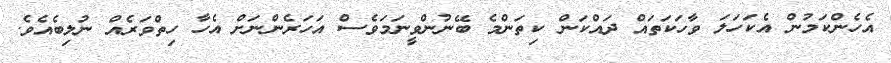
އެހެންކަމުން އެކަހަލަ ވާހަކަތައް ދައްކަން ކިތަންމެ ބޭނުންވީނަމަވެސް އަހަރެންނަށް އެހާ ހިތްވަރެއް ނުލިބެއެވެ.